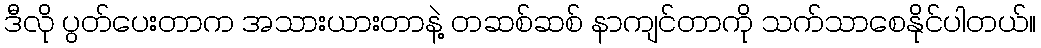
ဒီလို ပွတ်ပေးတာက အသားယားတာနဲ့ တဆစ်ဆစ် နာကျင်တာကို သက်သာစေနိုင်ပါတယ်။